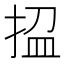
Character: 𢭚